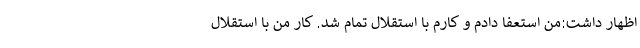
اظهار داشت:من استعفا دادم و کارم با استقلال تمام شد. کار من با استقلال